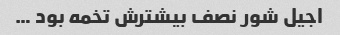
اجیل شور نصف بیشترش تخمه بود …